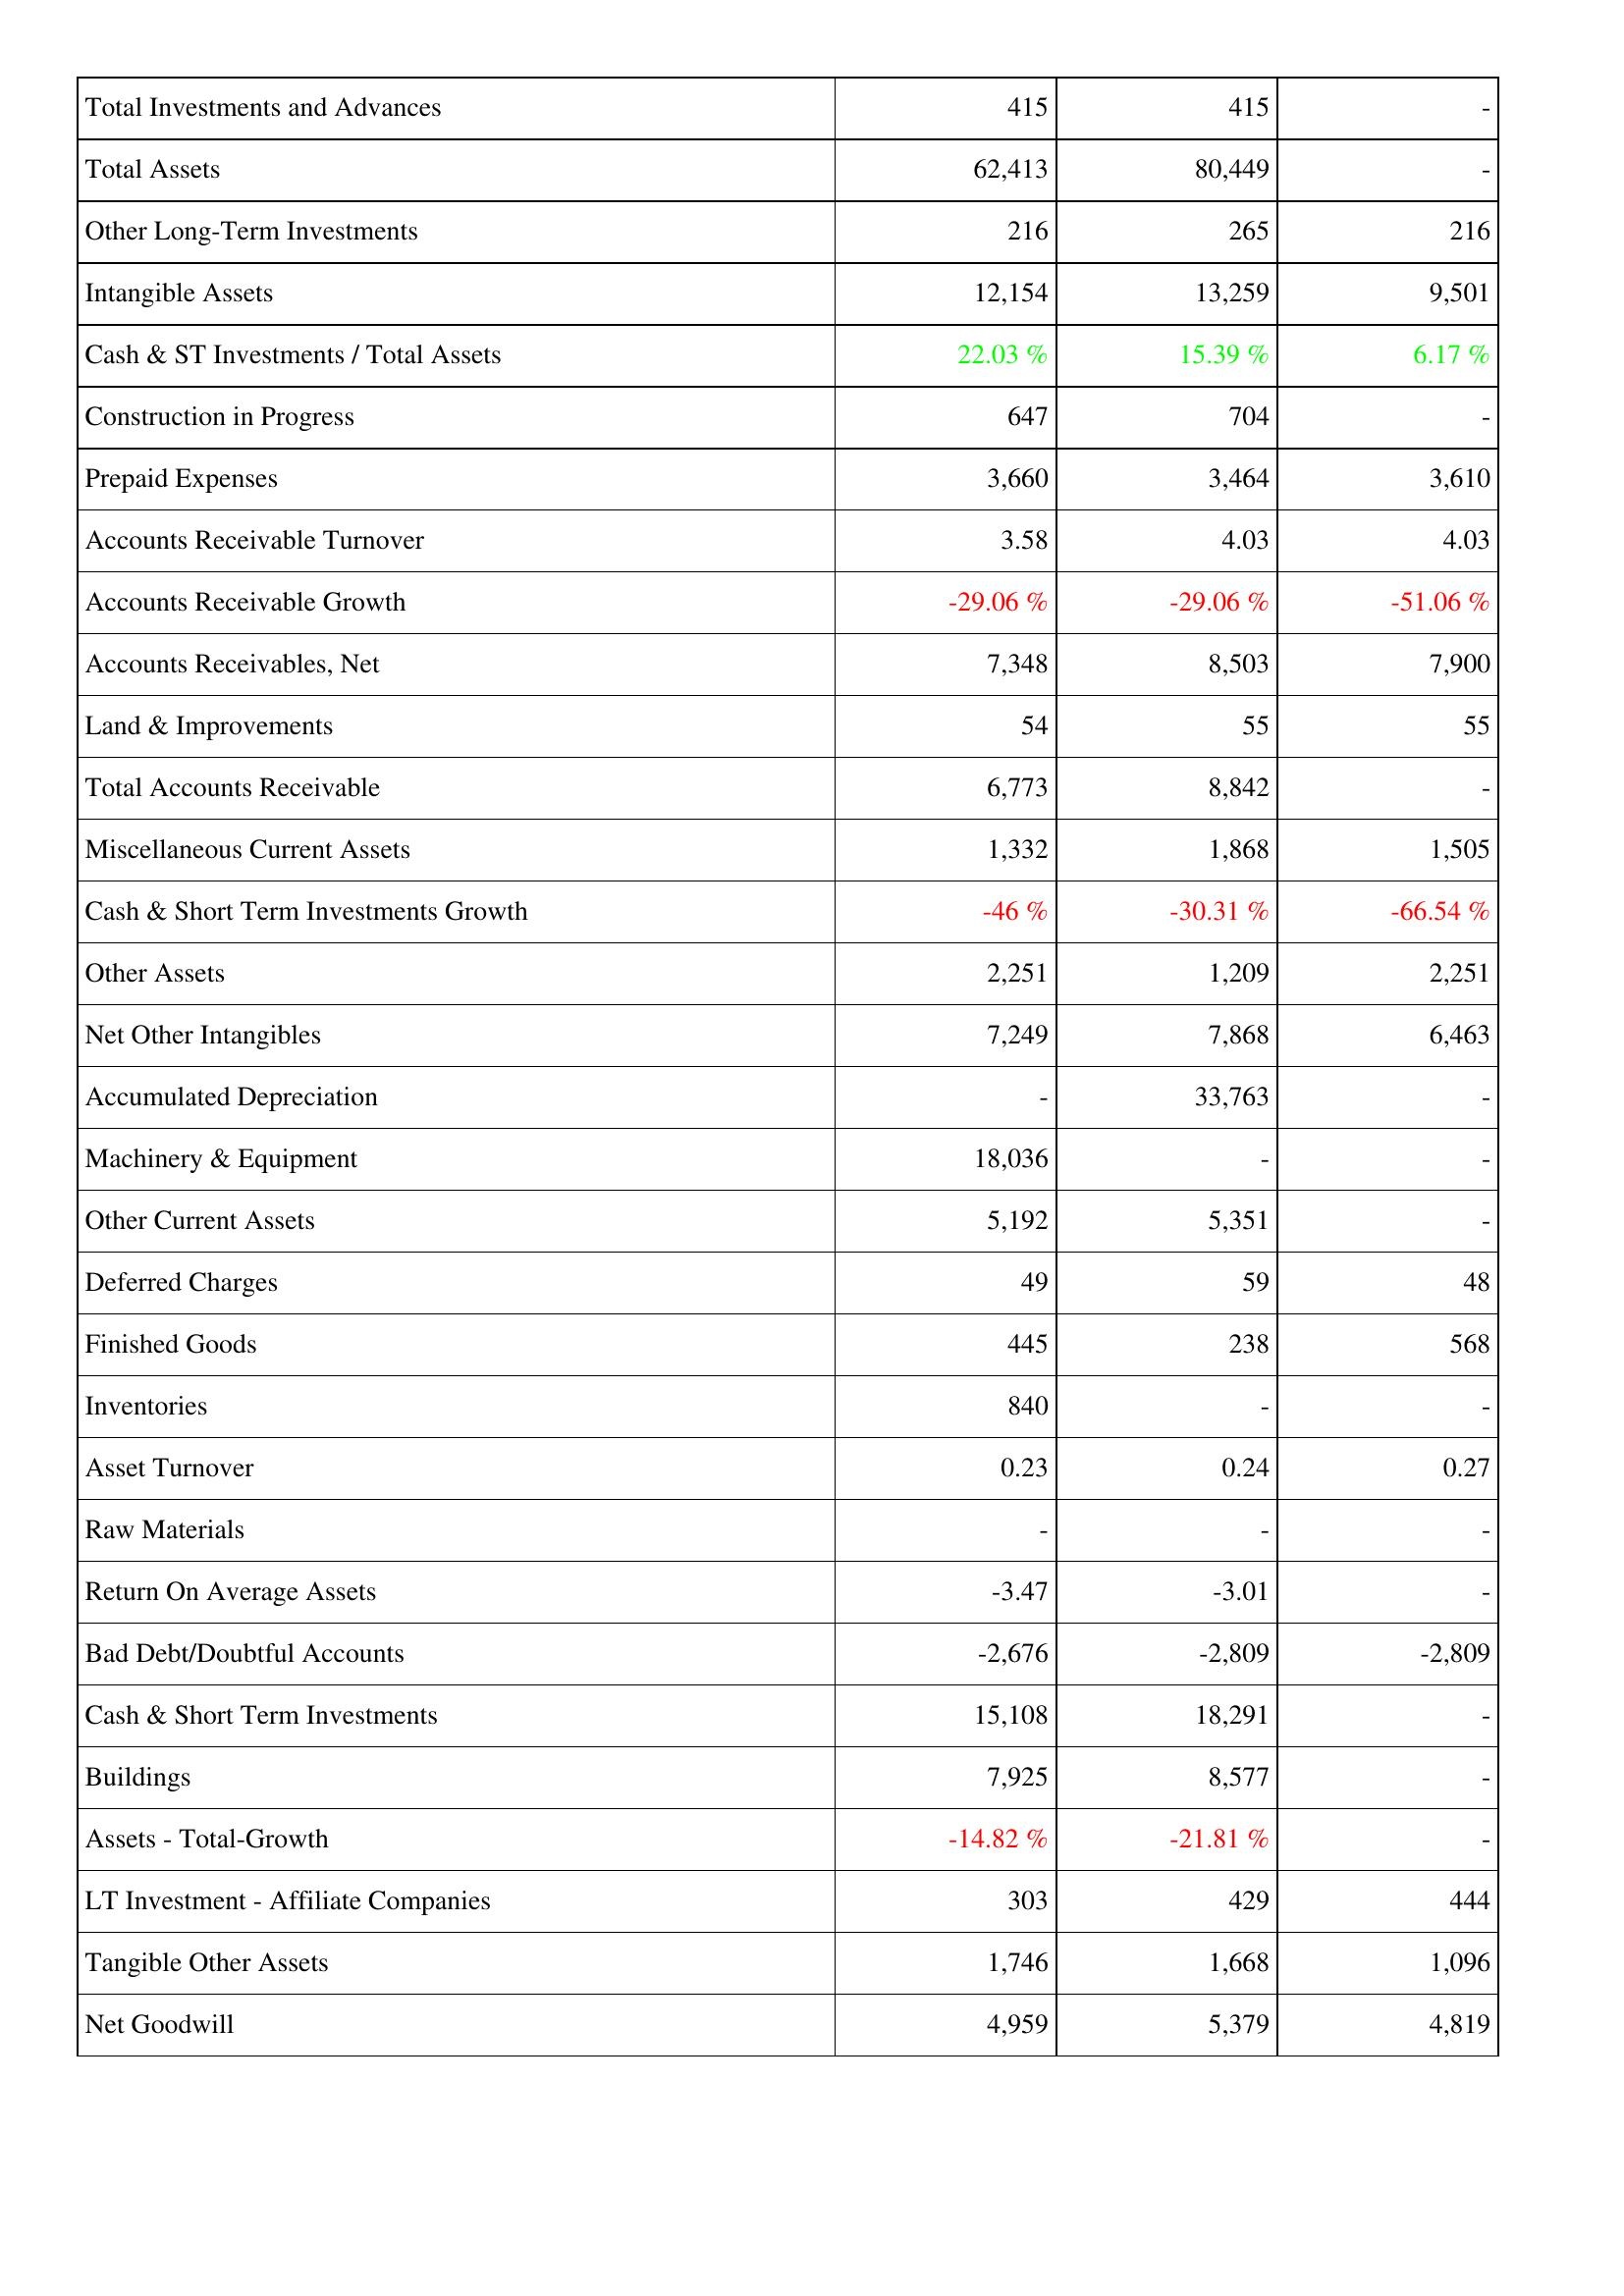
2011: Assets: Total Investments and Advances: 415
Total Assets: 62,413
Other Long-Term Investments: 216
Intangible Assets: 12,154
Cash & ST Investments / Total Assets: 22.03 %
Construction in Progress: 647
Prepaid Expenses: 3,660
Accounts Receivable Turnover: 3.58
Accounts Receivable Growth: -29.06 %
Accounts Receivables, Net: 7,348
Land & Improvements: 54
Total Accounts Receivable: 6,773
Miscellaneous Current Assets: 1,332
Cash & Short Term Investments Growth: -46 %
Other Assets: 2,251
Net Other Intangibles: 7,249
Accumulated Depreciation: -
Machinery & Equipment: 18,036
Other Current Assets: 5,192
Deferred Charges: 49
Finished Goods: 445
Inventories: 840
Asset Turnover: 0.23
Raw Materials: -
Return On Average Assets: -3.47
Bad Debt/Doubtful Accounts: -2,676
Cash & Short Term Investments: 15,108
Buildings: 7,925
Assets - Total-Growth: -14.82 %
LT Investment - Affiliate Companies: 303
Tangible Other Assets: 1,746
Net Goodwill: 4,959
2012: Assets: Total Investments and Advances: 415
Total Assets: 80,449
Other Long-Term Investments: 265
Intangible Assets: 13,259
Cash & ST Investments / Total Assets: 15.39 %
Construction in Progress: 704
Prepaid Expenses: 3,464
Accounts Receivable Turnover: 4.03
Accounts Receivable Growth: -29.06 %
Accounts Receivables, Net: 8,503
Land & Improvements: 55
Total Accounts Receivable: 8,842
Miscellaneous Current Assets: 1,868
Cash & Short Term Investments Growth: -30.31 %
Other Assets: 1,209
Net Other Intangibles: 7,868
Accumulated Depreciation: 33,763
Machinery & Equipment: -
Other Current Assets: 5,351
Deferred Charges: 59
Finished Goods: 238
Inventories: -
Asset Turnover: 0.24
Raw Materials: -
Return On Average Assets: -3.01
Bad Debt/Doubtful Accounts: -2,809
Cash & Short Term Investments: 18,291
Buildings: 8,577
Assets - Total-Growth: -21.81 %
LT Investment - Affiliate Companies: 429
Tangible Other Assets: 1,668
Net Goodwill: 5,379
2013: Assets: Total Investments and Advances: -
Total Assets: -
Other Long-Term Investments: 216
Intangible Assets: 9,501
Cash & ST Investments / Total Assets: 6.17 %
Construction in Progress: -
Prepaid Expenses: 3,610
Accounts Receivable Turnover: 4.03
Accounts Receivable Growth: -51.06 %
Accounts Receivables, Net: 7,900
Land & Improvements: 55
Total Accounts Receivable: -
Miscellaneous Current Assets: 1,505
Cash & Short Term Investments Growth: -66.54 %
Other Assets: 2,251
Net Other Intangibles: 6,463
Accumulated Depreciation: -
Machinery & Equipment: -
Other Current Assets: -
Deferred Charges: 48
Finished Goods: 568
Inventories: -
Asset Turnover: 0.27
Raw Materials: -
Return On Average Assets: -
Bad Debt/Doubtful Accounts: -2,809
Cash & Short Term Investments: -
Buildings: -
Assets - Total-Growth: -
LT Investment - Affiliate Companies: 444
Tangible Other Assets: 1,096
Net Goodwill: 4,819